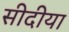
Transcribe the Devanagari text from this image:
सीदीया